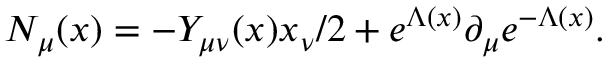
N _ { \mu } ( x ) = - Y _ { \mu \nu } ( x ) x _ { \nu } / 2 + e ^ { \Lambda ( x ) } \partial _ { \mu } e ^ { - \Lambda ( x ) } .